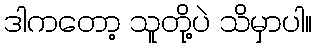
ဒါကတော့ သူတို့ပဲ သိမှာပါ။